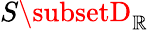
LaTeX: S\subsetD_{\mathbb{R}}